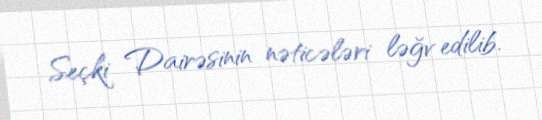
Seçki Dairəsinin nəticələri ləğv edilib.